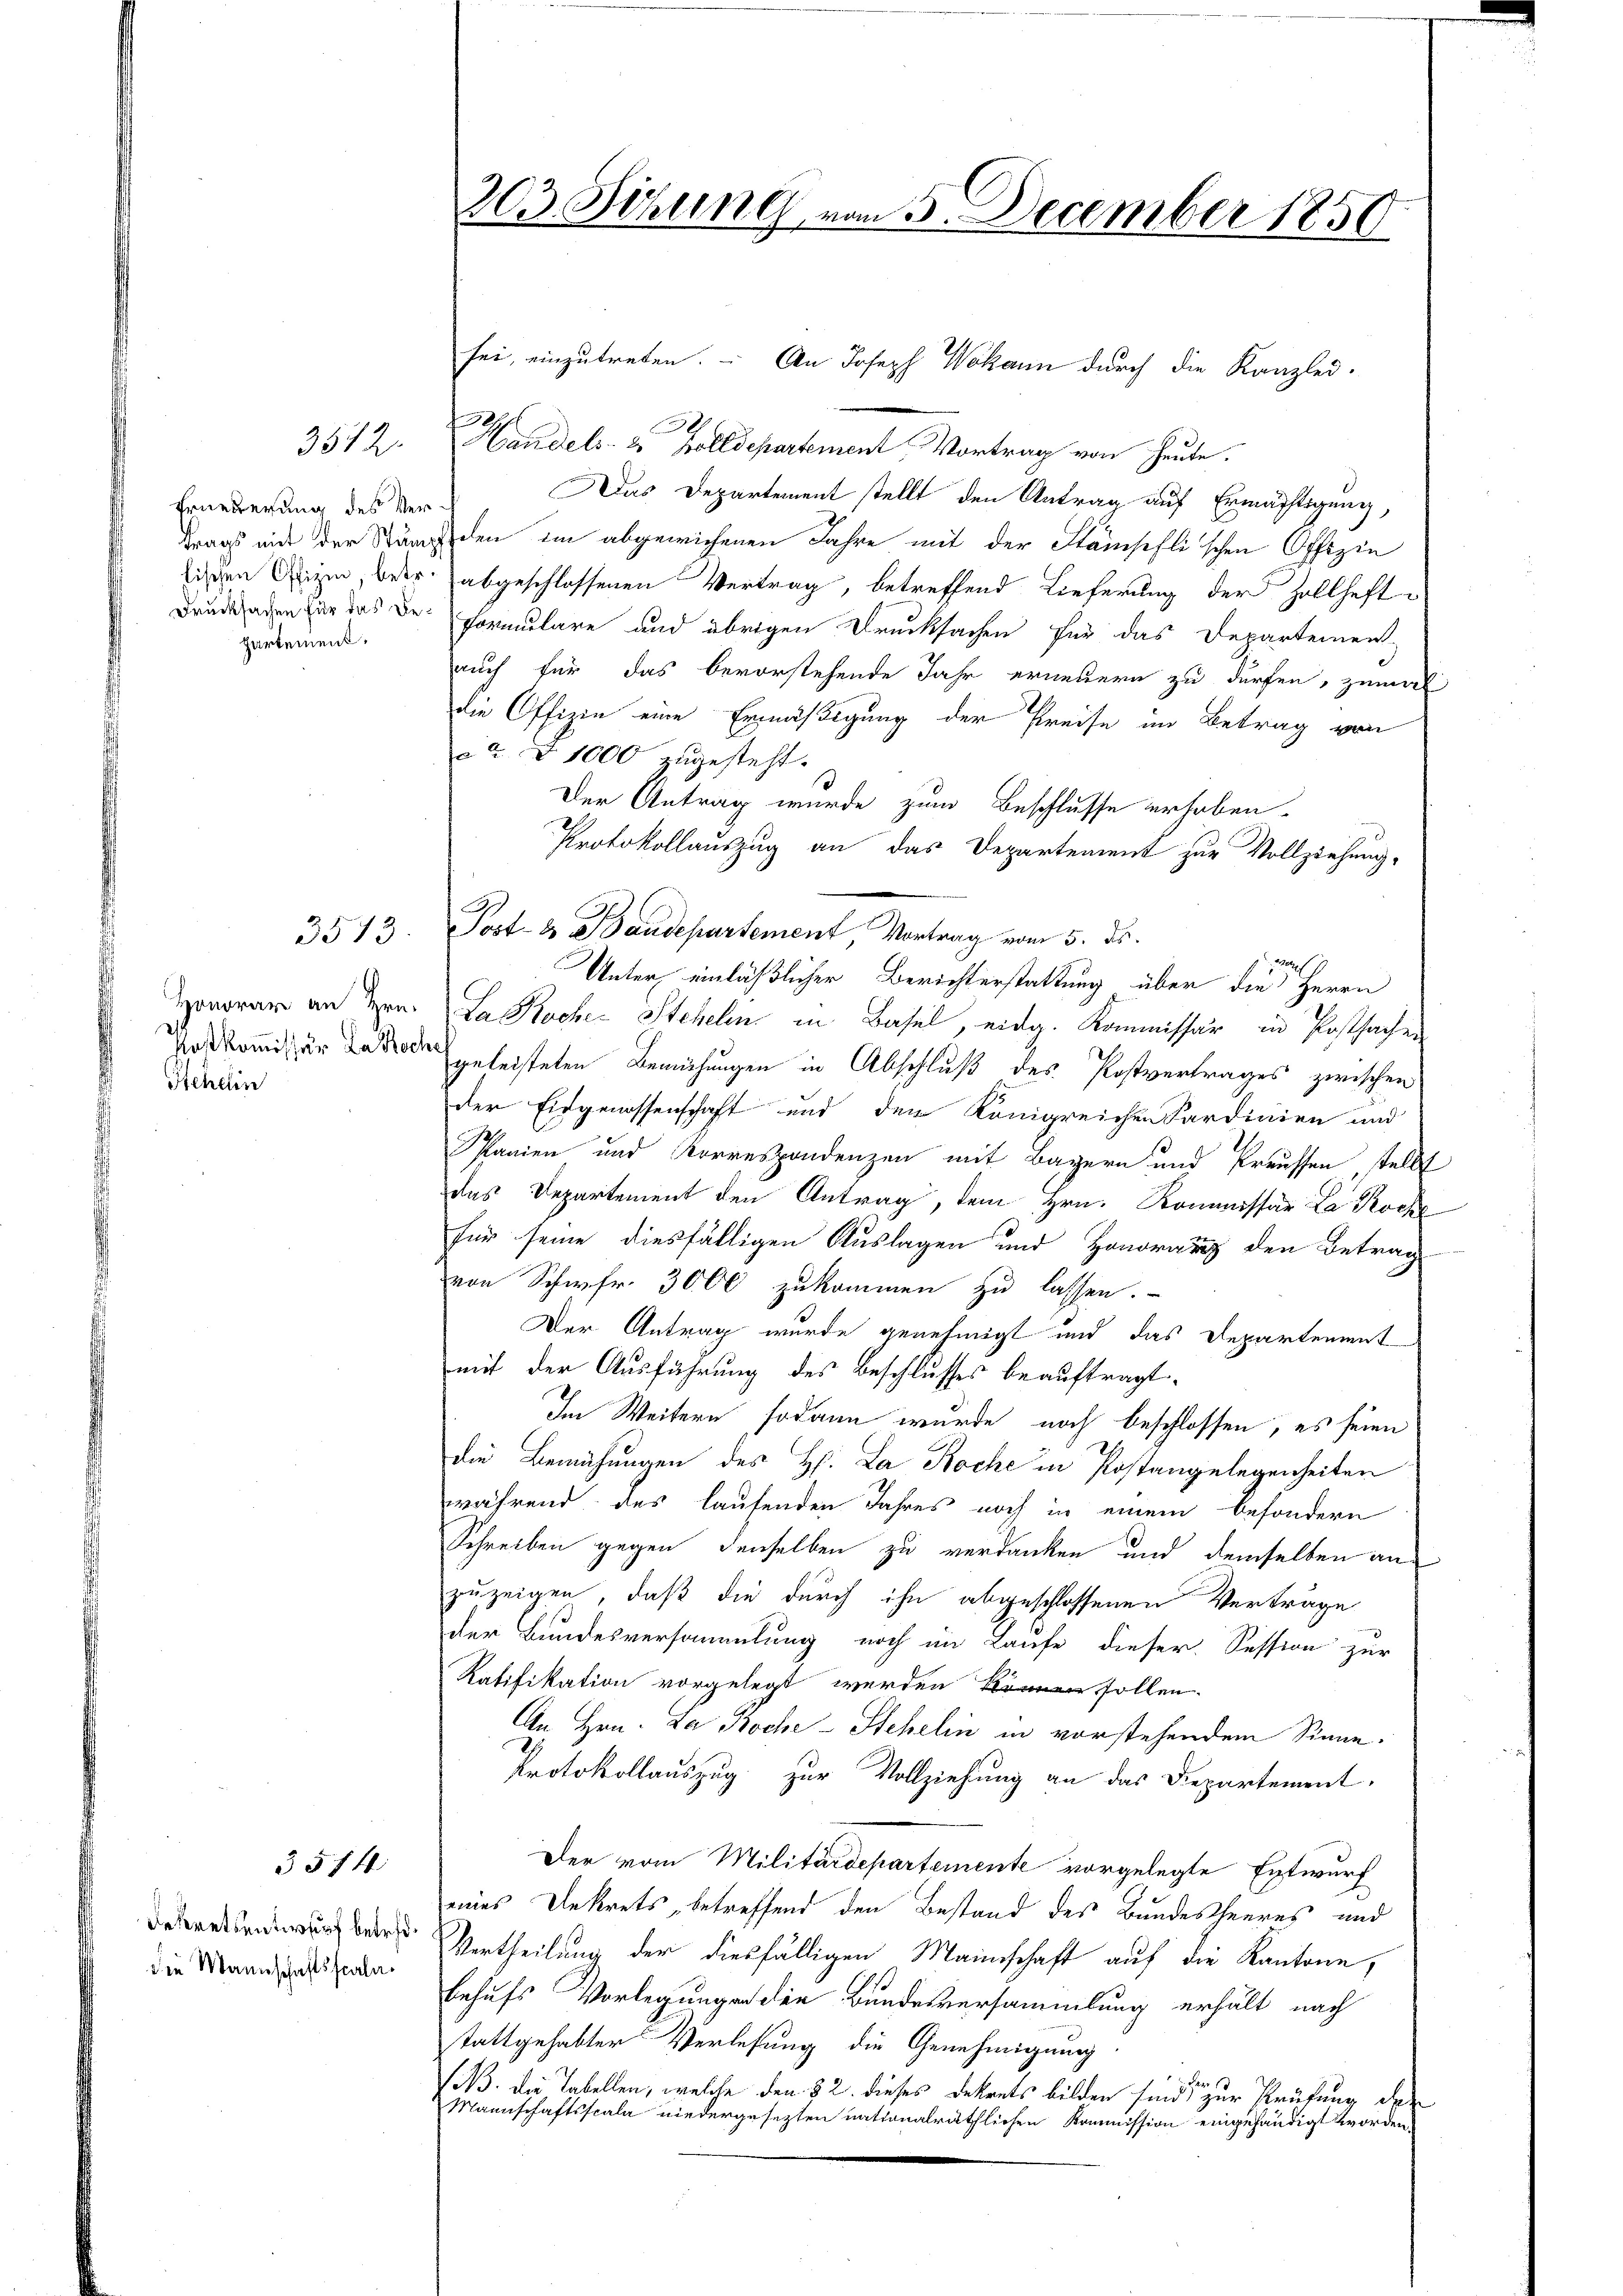
Erneuerung des Ver¬
Drucksachen für das Behartement.

3512.

Honorar an Hrn.
Postkommissär La doch
Stehlin

3513.

Dekretsentwurf betrefdie Mannschaftsscala¬

3514

303. Seine, vom 3. December 1850

Handels- & Zolldepartement Vortrag von heute.
Das Departement stellt den Antrag auf Ermächtigung,
trags mit der Ständen im abgewichenen Jahre mit der Stämschlischen Offizie
lischen Eigen, betr. abgeschlossenen Vertrag, betreffend Lieferung der Hollhaftformulare und übrigen Drucksachen für das Departemen-
auch für das bevorstehende Jahr erneuern zu dürfen, zuma
die Offizie eine Ermäßigung der Preise im Betrag von
ca § 1000 zugesteht.
Der Antrag wurde zum Beschlusse erhoben.
Protokollauszug an das Departement zur Vollziehung,
Post- & Baudepartement, Vortrag vom 5. ds.

Unter einläßlicher Berichterstattung über die Herrn
Lakocher Stehelin in Basel, eidg. Kommissär in Postsachen
geleisteten Bemühungen in Abschluß des Postvertrages zwischen
der Eidgenossenschaft und der Königreichen Sardinien und
Spanien und Korrespondenzen mit Bayern und Preussen stellt
das Departement den Antrag, dem Hrn. Kommissär La Roche
für seine diesfälligen Auslagen und Honoraus den Betrag
von Schwfr. 3000 zukommen zu lassen.
Der Antrag wurde genehmigt und das Departement
mit der Ausführung des Beschlusses beauftragt.
Im Weitern sodann wurde noch beschlossen, es seien
die Bemühungen des H. La Roche in Postangelegenheiten
während des laufenden Jahres noch in einem besondern
Schreiben gegen denselben zu verdanken und demselben an
zuzeigen, daß die durch ihn abgeschlossenen Verträge
der Bundesversammlung noch im Laufe dieser Session zur
Ratifikation vorgelegt werden können sollen.
An Hrn. La Roche - Stehelin in vorstehendem Sinne¬
Protokollauszug zur Vollziehung an das Departement,
Der vom Militärdepartemente vorgelegte Entwurf
eines Dekrets, betreffend den Bestand des Bundesheeres und
Vertheilung der diesfälligen Mannschaft auf die Kantone,
behufs Vorlegungen der Bundesversammlung erhält nach
stattgehabter Verlesung die Genehmigung.
. Fer
(B. die Tabellen, welche den 32. dieses Dekrets bilden sind zur Prüfung der
Mannschaftsscala niedergesezten nationalräthlichen Kommission eingehändigt worden,

sei, einzutreten. An Joseph Wokann durch die Kanzlei-